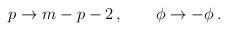
LaTeX: \begin{align*}p\to m-p-2\,,\qquad \phi \to -\phi \,.\end{align*}